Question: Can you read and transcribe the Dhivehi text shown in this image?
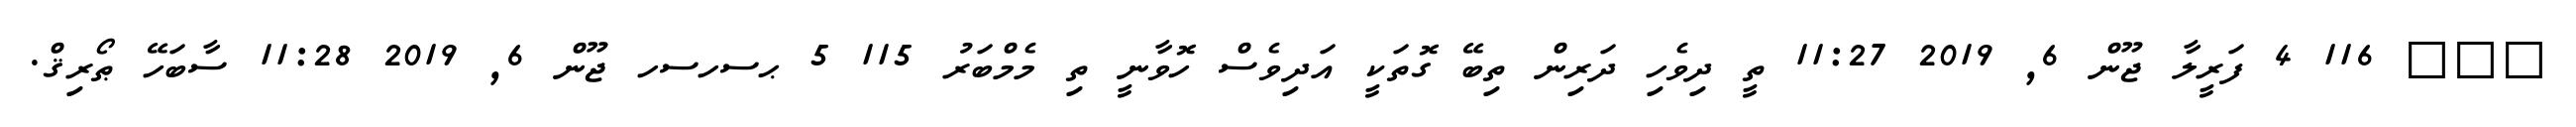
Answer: ??? 116 4 ފަރީލާ ޖޫން 6, 2019 11:27 ތީ ދިވެހި ދަރިން ތިބޭ ގޮތަކީ އަދިވެސް ހޮވާނީ ތި މެމްބަރު 115 5 ޙސހސހ ޖޫން 6, 2019 11:28 ސާބަހޭ ޠޯރިޤް.